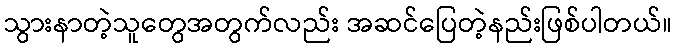
သွားနာတဲ့သူတွေအတွက်လည်း အဆင်ပြေတဲ့နည်းဖြစ်ပါတယ်။